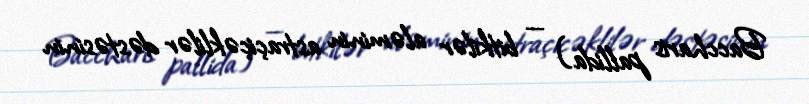
Baccharis pallida) — bitkilər aləminin astraçiçəklilər dəstəsinin